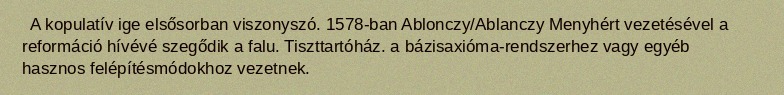
A kopulatív ige elsősorban viszonyszó. 1578-ban Ablonczy/Ablanczy Menyhért vezetésével a reformáció hívévé szegődik a falu. Tiszttartóház. a bázisaxióma-rendszerhez vagy egyéb hasznos felépítésmódokhoz vezetnek.